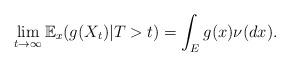
LaTeX: \begin{align*}\lim_{t\to\infty}\mathbb{E}_{x}(g(X_{t})|T>t)=\int_{E}g(x)\nu(dx).\end{align*}